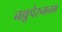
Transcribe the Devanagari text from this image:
नल्लुपेरुमनम